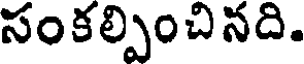
సంకల్పించినది.